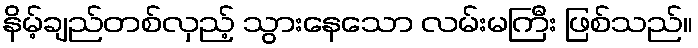
နိမ့်ချည်တစ်လှည့် သွားနေသော လမ်းမကြီး ဖြစ်သည်။